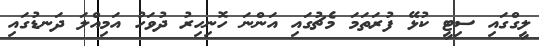
ލީގްގައި ސިޓީ ކުޅޭ ފުރަތަމަ މެޗުގައި އަންނަ ހޮނިހިރު ދުވަހު އަމިއްލަ ދަނޑުގައި